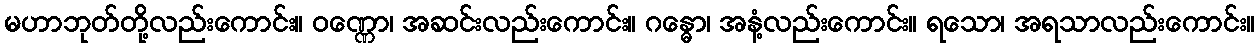
မဟာဘုတ်တို့လည်းကောင်း။ ဝဏ္ဏော၊ အဆင်းလည်းကောင်း။ ဂန္ဓော၊ အနံ့လည်းကောင်း။ ရသော၊ အရသာလည်းကောင်း။